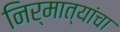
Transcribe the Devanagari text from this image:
निर्मात्यांचा